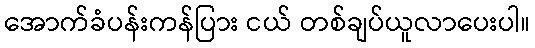
အောက်ခံပန်းကန်ပြား ငယ် တစ်ချပ်ယူလာပေးပါ။